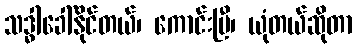
သဒ္ဓါခေါ်နိုင်တယ်၊ ကောင်းပြီ၊ ယုံတယ်ဆိုတာ